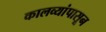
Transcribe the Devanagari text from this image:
कालव्यांपासून